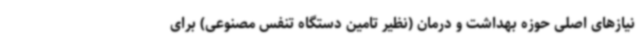
نیازهای اصلی حوزه بهداشت و درمان (نظیر تامین دستگاه تنفس مصنوعی) برای